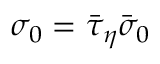
\sigma _ { 0 } = \bar { \tau } _ { \eta } \bar { \sigma } _ { 0 }